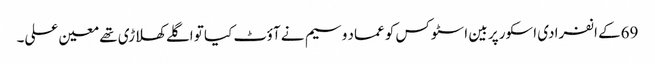
69کے انفرادی اسکور پر بین اسٹوکس کو عماد وسیم نے آؤٹ کیا تو اگلے کھلاڑی تھے معین علی۔